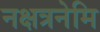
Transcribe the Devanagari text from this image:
नक्षत्रनेमि